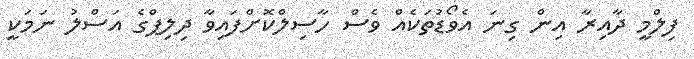
ފިލްމީ ދާއިރާ އިން ގިނަ އެވޯޑުތަކެއް ވެސް ހާސިލްކޮށްފައިވާ ދިލިޕްގެ އަސްލު ނަމަކީ